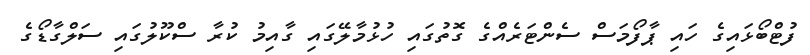
ފުޓްބޯޅައިގެ ހައި ޕާފޯމަސް ސެންޓަރެއްގެ ގޮތުގައި ހުޅުމާލޭގައި ގާއިމު ކުރާ ސްކޫލުގައި ސަލްގާޑޯގެ